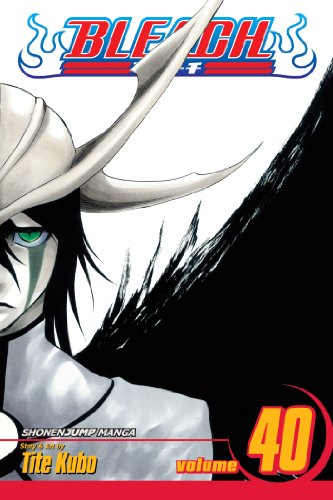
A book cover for Bleach, Vol. 40; Tite Kubo; Teen & Young Adult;